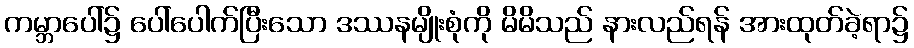
ကမ္ဘာပေါ်၌ ပေါ်ပေါက်ပြီးသော ဒဿနမျိုးစုံကို မိမိသည် နားလည်ရန် အားထုတ်ခဲ့ရာ၌